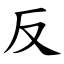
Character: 反